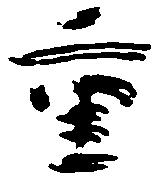
重